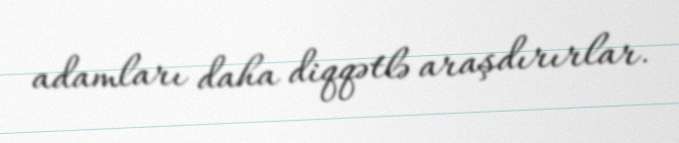
adamları daha diqqətlə araşdırırlar.